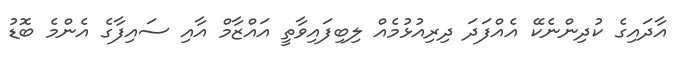
އާދައިގެ ކުދިންނެކޭ އެއްފަދަ ދިރިއުޅުމެއް ލިބިފައިވާތީ އައްޒާމް އާއި ސައިފާގެ އެންމެ ބޮޑު